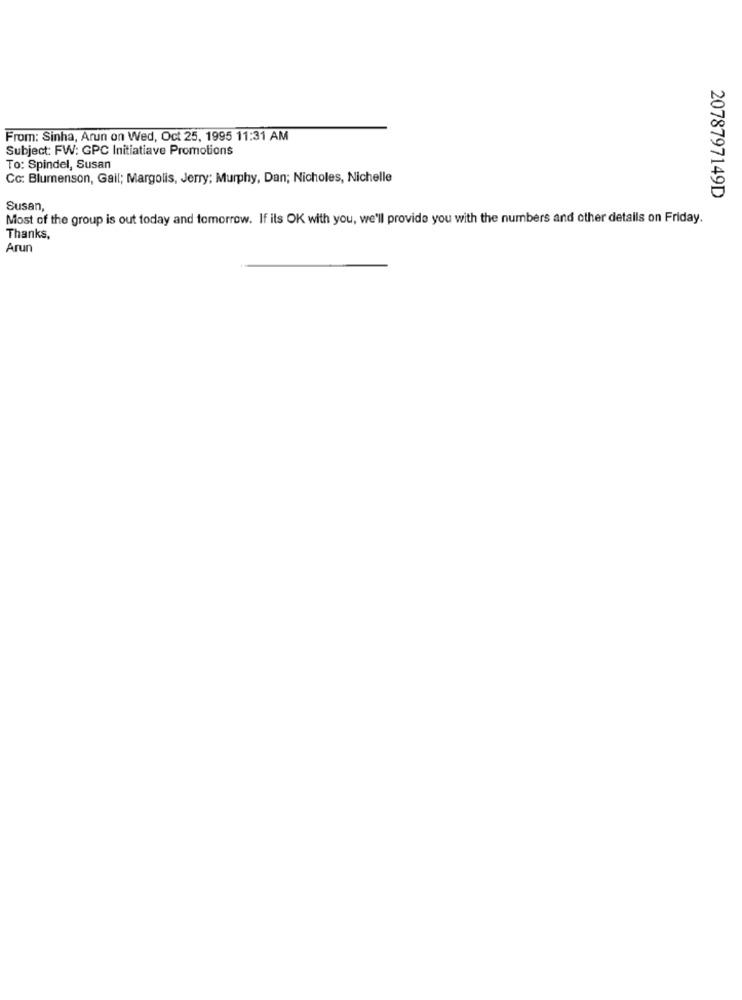
From: Sinha, Arun on Wed, Oct 25, 1995 11:31 AM
Subject: FW: GPC Initiatiave Promotions
To: Spindel, Susan
Cc: Blumenson, Gail; Margolis, Jerry; Murphy, Dan; Nicholes, Nichelle
2078797149D
Susan,
Most of the group is out today and tomorrow. If its OK with you, we'll provide you with the numbers and other details on Friday.
Thanks,
Arun